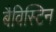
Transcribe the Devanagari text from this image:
बैविस्टिन